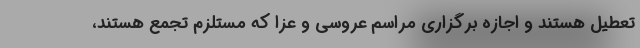
تعطیل هستند و اجازه برگزاری مراسم عروسی و عزا که مستلزم تجمع هستند،